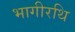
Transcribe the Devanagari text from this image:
भागीरथि